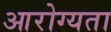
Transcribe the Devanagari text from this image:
आरोग्‍यता